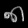
Digit: ၈